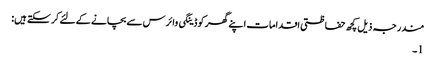
مندرجہ ذیل کچھ حفاظتی اقدامات اپنے گھر کو ڈینگی وائرس سے بچانے کے لئے کر سکتے ہیں:
1۔